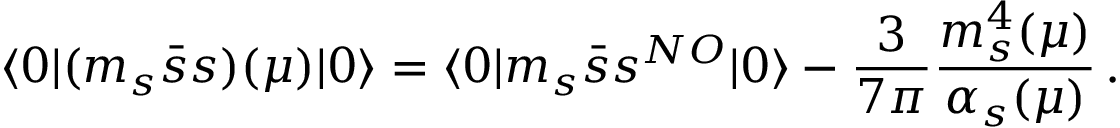
\langle 0 | ( m _ { s } \bar { s } s ) ( \mu ) | 0 \rangle = \langle 0 | m _ { s } \bar { s } s ^ { N O } | 0 \rangle - \frac { 3 } { 7 \pi } \frac { m _ { s } ^ { 4 } ( \mu ) } { \alpha _ { s } ( \mu ) } \, .